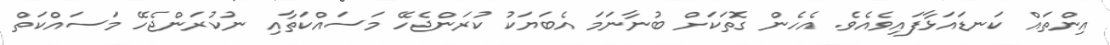
އިންތައް ކަނޑައަޅާފައިވެއެވެ. އެހެން ގޮތަކަށް ބުނާނަމަ އެބަޔަކު ކުރަންޖެހޭ މަސައްކަތާއި ނުކުރަންޖެހޭ މަސައްކަތް